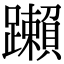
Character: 䠭